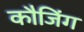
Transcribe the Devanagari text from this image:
कौजिंग